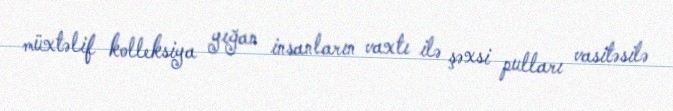
müxtəlif kolleksiya yığan insanların vaxtı ilə şəxsi pulları vasitəsilə